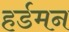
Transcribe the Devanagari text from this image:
हर्डमन